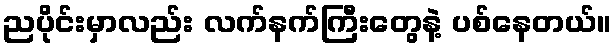
ညပိုင်းမှာလည်း လက်နက်ကြီးတွေနဲ့ ပစ်နေတယ်။